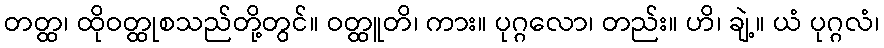
တတ္ထ၊ ထိုဝတ္ထုစသည်တို့တွင်။ ဝတ္ထူတိ၊ ကား။ ပုဂ္ဂလော၊ တည်း။ ဟိ၊ ချဲ့။ ယံ ပုဂ္ဂလံ၊